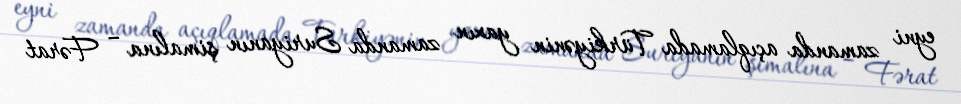
eyni zamanda açıqlamada Türkiyənin yaxın zamanda Suriyanın şimalına – Fərat